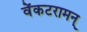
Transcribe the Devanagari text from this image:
वेंकटरामन्